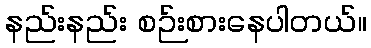
နည်းနည်း စဉ်းစားနေပါတယ်။